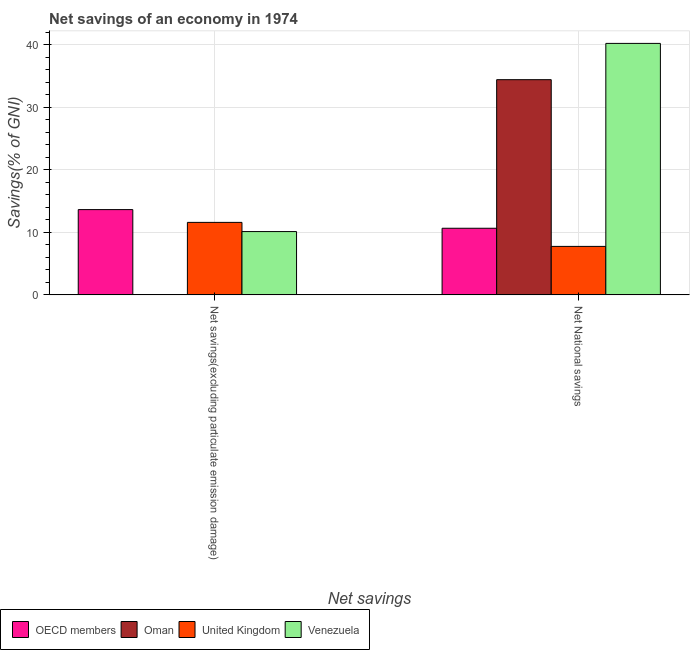
| Net savings | OECD members | Oman | United Kingdom | Venezuela |
 | --- | --- | --- | --- | --- |
 | Net savings(excluding particulate emission damage) | 13.6 | -18.8 | 11.6 | 10.1 |
 | Net National savings | 10.6 | 34.4 | 7.75 | 40.2 |